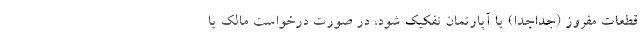
قطعات مفروز (جداجدا) یا آپارتمان تفکیک شود، در صورت درخواست مالک یا